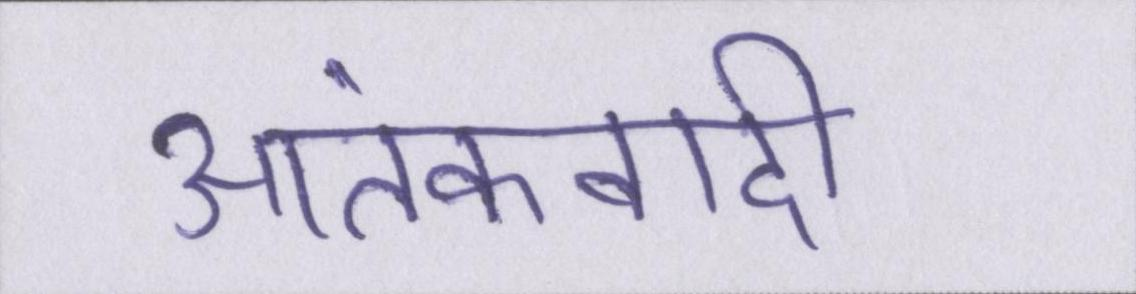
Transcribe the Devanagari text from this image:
आतंकवादी